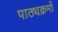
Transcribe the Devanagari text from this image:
पाठ्यक्रमोँ